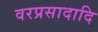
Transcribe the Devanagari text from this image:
वरप्रसादादि